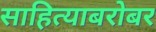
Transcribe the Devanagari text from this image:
साहित्याबरोबर